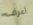
أعرف